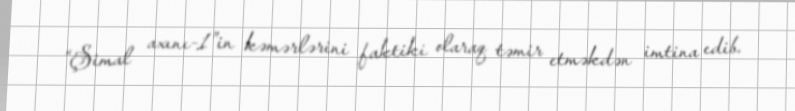
“Şimal axını-1”in kəmərlərini faktiki olaraq təmir etməkdən imtina edib.